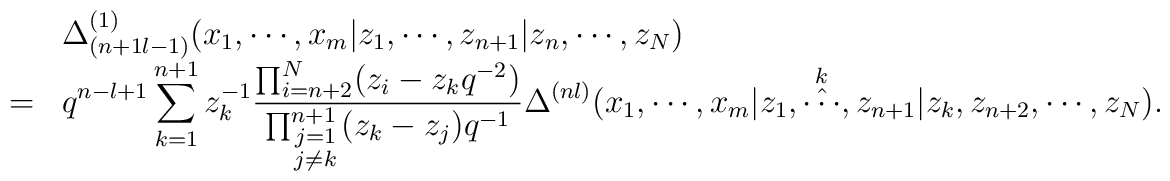
\begin{array}{cl}&\Delta_{(n+1 l-1)}^{(1)}(x_1,\cdots,x_m|z_1,\cdots,z_{n+1}|z_n,\cdots,z_N) \\=&\displaystyle q^{n-l+1} \sum_{k=1}^{n+1} z_k^{-1}\frac{\prod_{i=n+2}^{N}(z_i-z_k q^{-2})}{\prod_{\scriptstyle{j=1}\atop \scriptstyle{j\ne k}}^{n+1} (z_k-z_j)q^{-1}}\Delta^{(n l)}(x_1,\cdots,x_m|z_1,\mathop{\hat{\cdots}}^{k},z_{n+1}|z_k, z_{n+2},\cdots,z_N). \end{array}